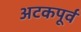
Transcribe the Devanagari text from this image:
अटकपूर्व